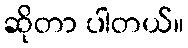
ဆိုတာ ပါတယ်။